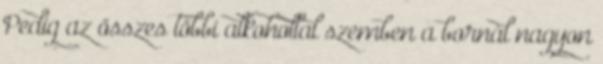
Pedig az összes többi alkohollal szemben a bornál nagyon